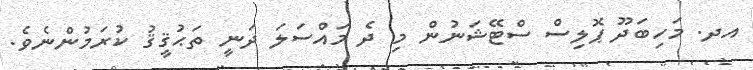
އދ. މަހިބަދޫ ޕޮލިސް ސްޓޭޝަނުން މި ދެ މައްސަލަ ދަނީ ތަޙުޤީޤު ކުރަމުންނެވެ.